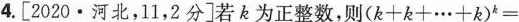
4.[2020·河北，11，2分]若k为正整数，则$$( k + k + … + k ) ^ { k } = $$